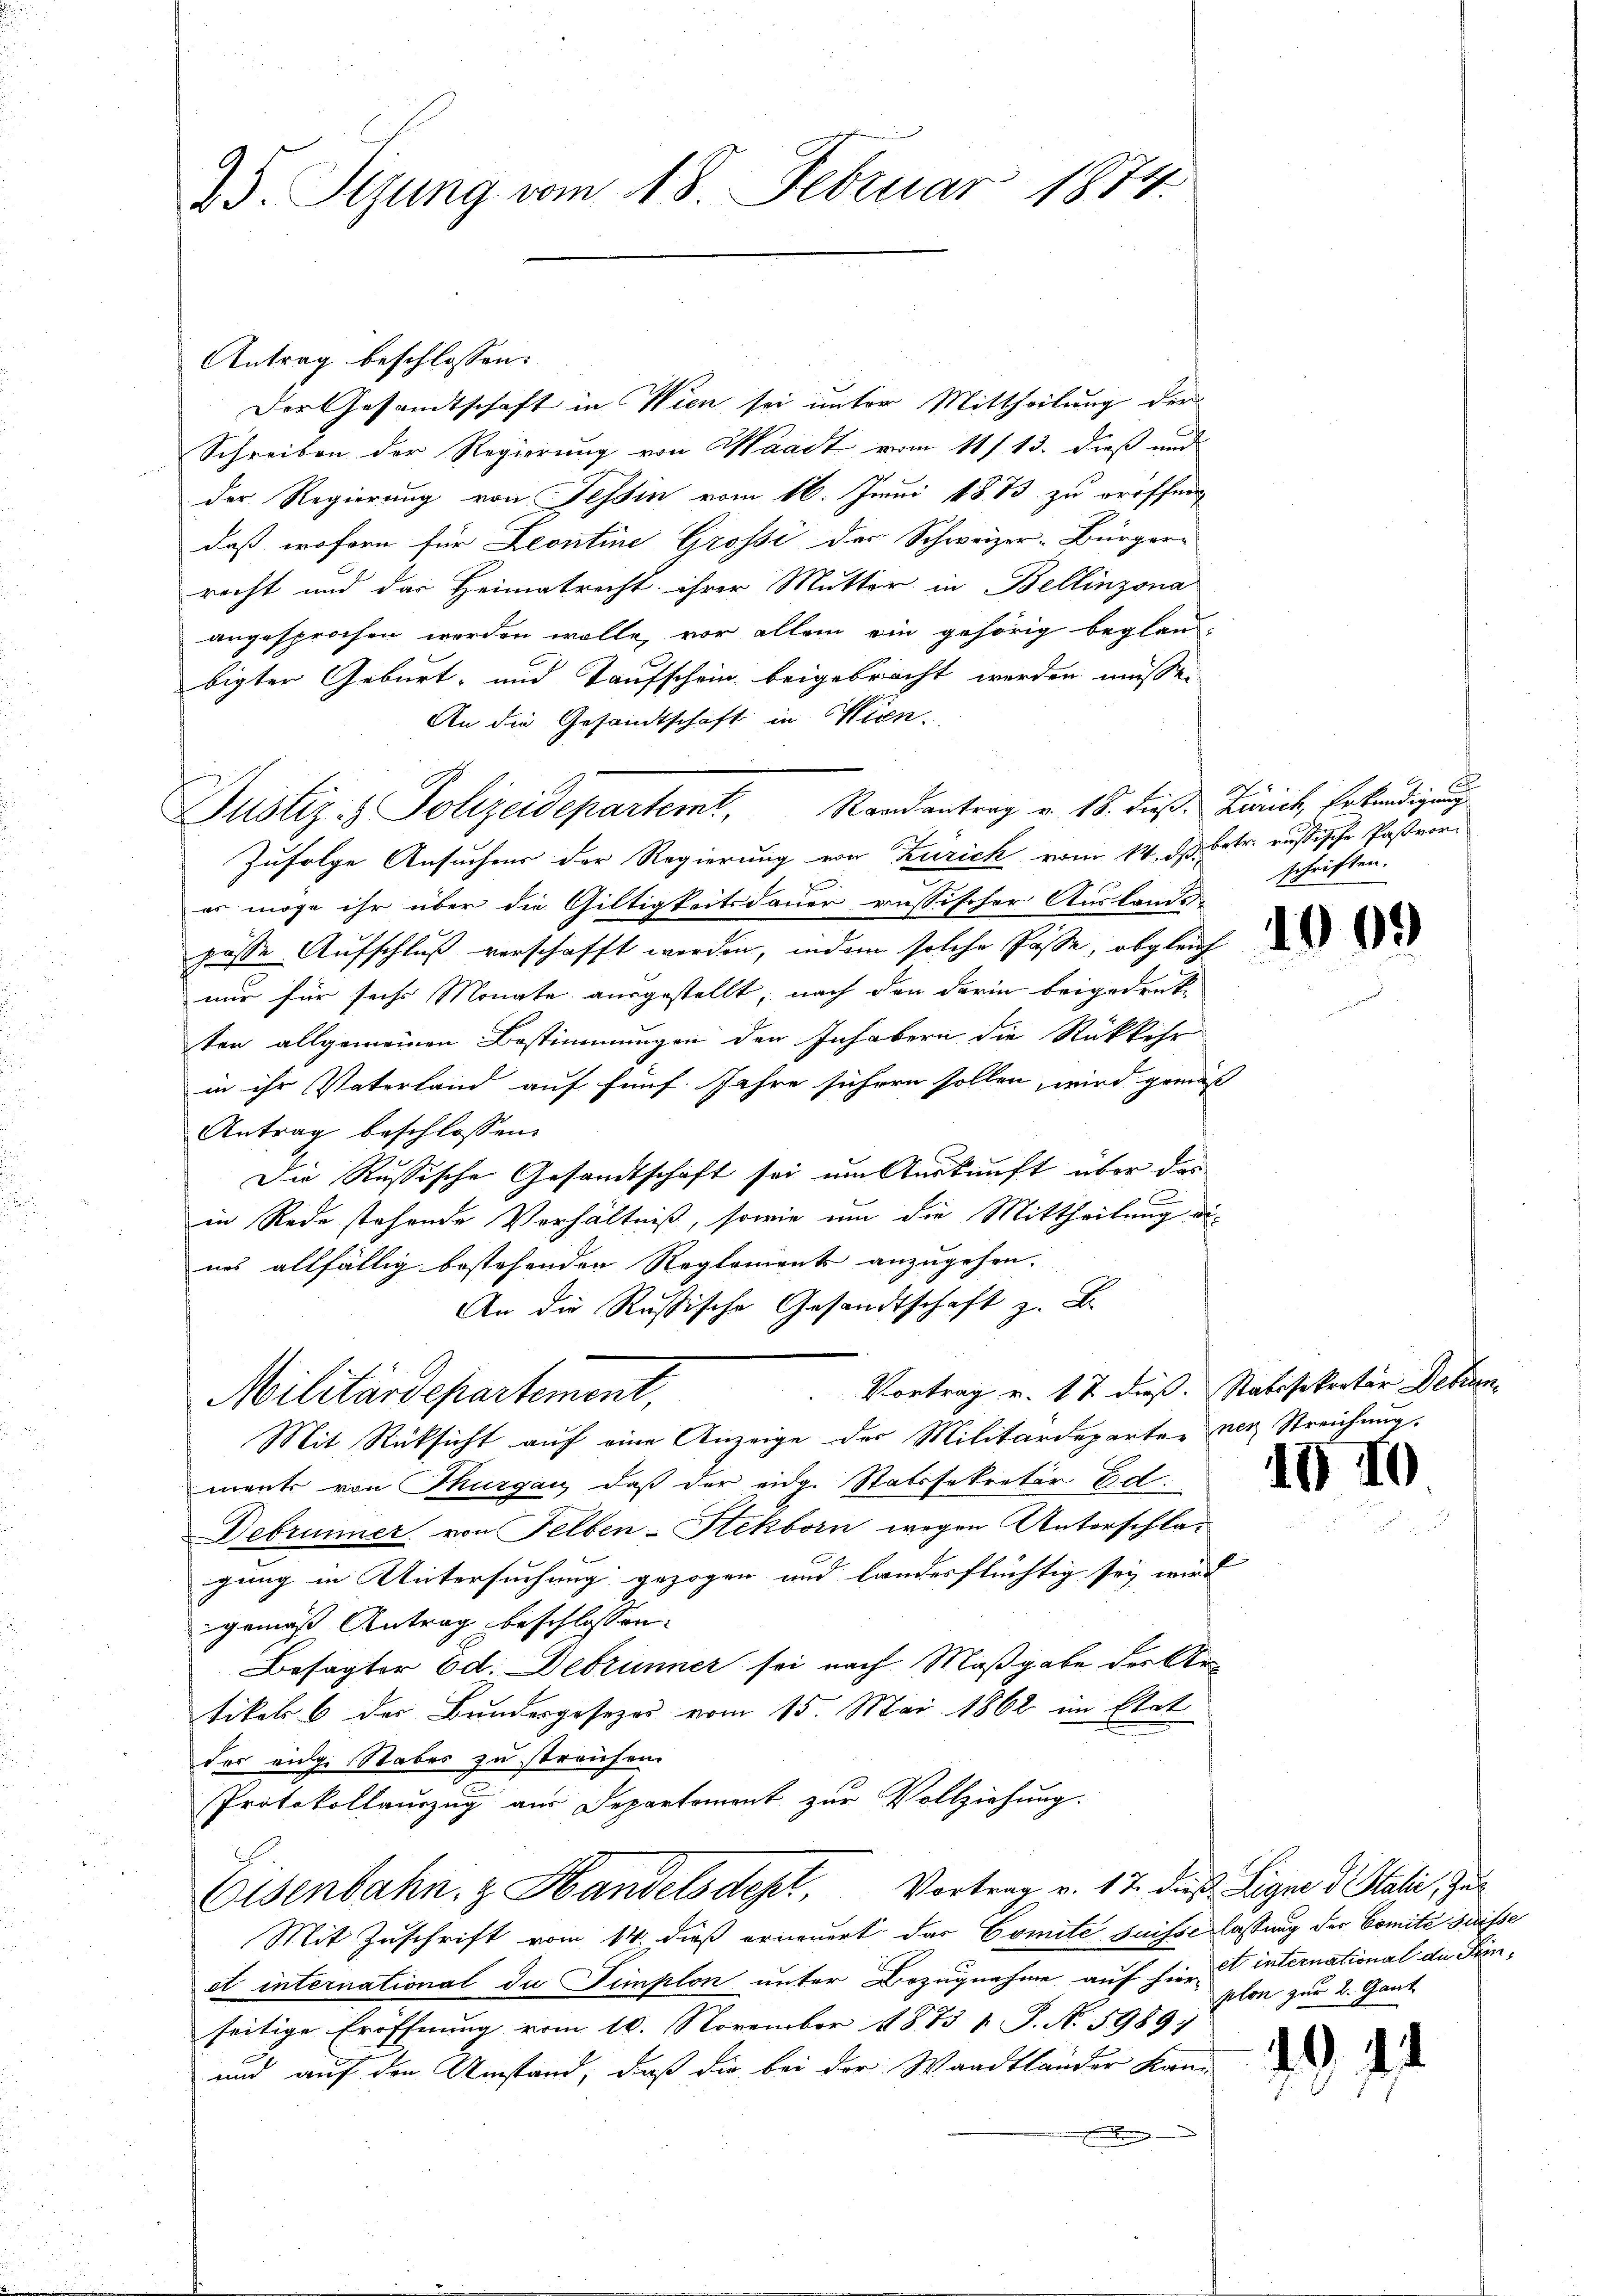
25. Sizung vom 18. Februar 1874.

Antrag beschlossen:
Der Gesandtschaft in Wien sei unter Mittheilung der
Schreiben der Regierung von Waadt vom 11/13. dieß und
der Regierung von Tessin vom 16. Juni 1873 zu eröffen
daß wofern für Leontine Grossi der Schweizer-Bürger-
recht und das Heimatrecht ihrer Mutter in Bellinzona
angesprochen worden wolle, vor allein ein gehörig begland-
bigter Geburt, und Taufschein beigebracht werden müsse.
An die Gesandtschaft in Wien¬
Zufolge Ansuchens der Regierung von Zürich vom 14. d. betr. eussische Paßvorg
er möge ihr über die Giltigkeitsdauer russischer Auslands
gasse Aufschluß verschafft werden, indem solche Pässe, obgleich
nur für sechs Monate ausgestellt, nach den darin beigedruk-
ten allgemeinen Bestimmungen den Inhabern die Rückkehr
in ihr Vaterland auf fünf Jahre sichern sollen, wird gemäss
Antrag beschlossen:
Die Russische Gesandtschaft sei um Auskunft über das
in Rede stehende Verhältniß, sowie um die Mittheilung dines allfällig bestehenden Reglements anzugehen. |
An die Russische Gesandtschaft z. B.
Vortrag v. 12 dieß. Stabesekretär Detum
Militärdepartement,
Mit Rücksicht auf eine Anzeige des Militärdeparter ner Streichung.
ment von Thurgau, daß der eidg. Statssekretär bet
Debrunner von Felben-Stekborn wegen Unterschla-
gung in Untersuchung gezogen und landerflüchtig sey wird
gemäß Antrag beschlossen:
Besagter 6 d. Debrunner sei nach Maßgabe des Artikels 6 der Bundesgesezes vom 15. Mai 1862 im Etat
der eige Stabes zu streichen.
Protokollauszug aus Departement zur Vollziehung.
Eisenbahn. & Handelsdept, Vortrag v. 17. dieß Ligno d Itali, Zu¬
Mit Zuschrift vom 14. dieß erneuert das Comite suisse lassung der Comité suisse
et international da Simplon unter Bezugnahme auf hier international de Prinseitige Eröffnung vom 10. November 1873 1. J. N. 5989.
und auf den Umstand, daß die bei der Waadtländer Kanr

Justiz & Polizeidepartemt, Randantrag v. 18. dieß. Zürich, Erkundigung

schriften.

18

plon zur B. Gant

.

I